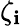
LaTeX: \zeta_{\mathbf{i}}